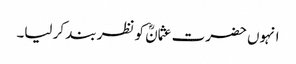
انہوں حضرت عثمانؓ کو نظر بند کر لیا۔